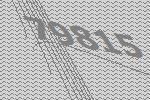
79815